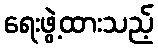
ရေးဖွဲ့ထားသည့်